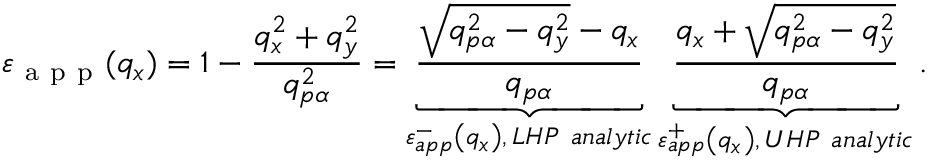
{ { \varepsilon } _ { \mathrm { ~ a ~ p ~ p ~ } } } ( { { q } _ { x } } ) = 1 - \frac { q _ { x } ^ { 2 } + q _ { y } ^ { 2 } } { q _ { p \alpha } ^ { 2 } } = \underbrace { \frac { \sqrt { q _ { p \alpha } ^ { 2 } - q _ { y } ^ { 2 } } - { { q } _ { x } } } { { { q } _ { p \alpha } } } } _ { \varepsilon _ { a p p } ^ { - } \left( { { q } _ { x } } \right) , \, L H P \ a n a l y t i c } \underbrace { \frac { { { q } _ { x } } + \sqrt { q _ { p \alpha } ^ { 2 } - q _ { y } ^ { 2 } } } { { { q } _ { p \alpha } } } } _ { \varepsilon _ { a p p } ^ { + } \left( { { q } _ { x } } \right) , \, U H P \ a n a l y t i c } .